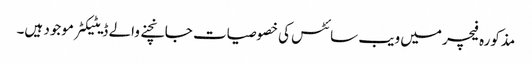
مذکورہ فیچر میں ویب سائٹس کی خصوصیات جانچنے والے ڈیٹیکٹر موجود ہیں۔